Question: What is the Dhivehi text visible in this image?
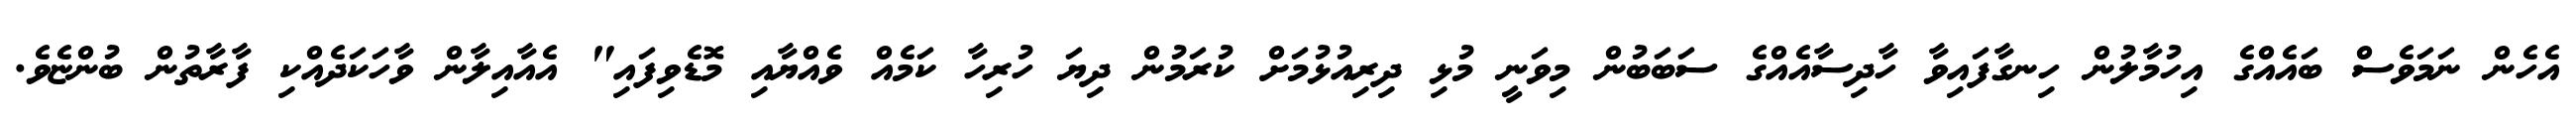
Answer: އެހެން ނަމަވެސް ބައެއްގެ އިހުމާލުން ހިނގާފައިވާ ހާދިސާއެއްގެ ސަބަބުން މިވަނީ މުޅި ދިރިއުޅުމަށް ކުރަމުން ދިޔަ ހުރިހާ ކަމެއް ވެއްޔާއި މޮޑެވިފައި" އެއާއިލާން ވާހަކަދެއްކި ފާރާތުން ބުންޏެވެ.